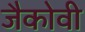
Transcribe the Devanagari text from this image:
जैकोवी